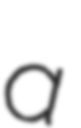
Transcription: a